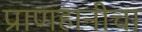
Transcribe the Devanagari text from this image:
प्राणहानीचा